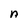
Character: n